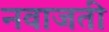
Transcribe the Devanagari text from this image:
नवाजती